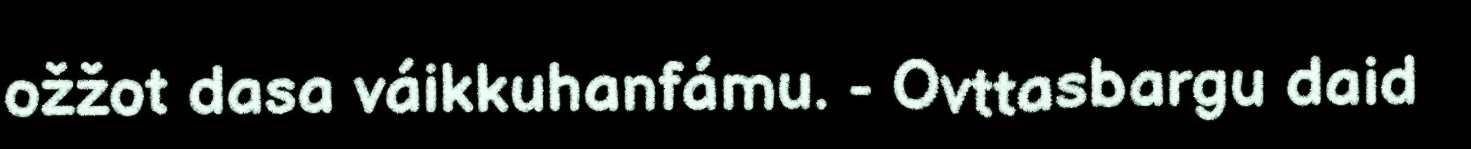
ožžot dasa váikkuhanfámu. - Ovttasbargu daid